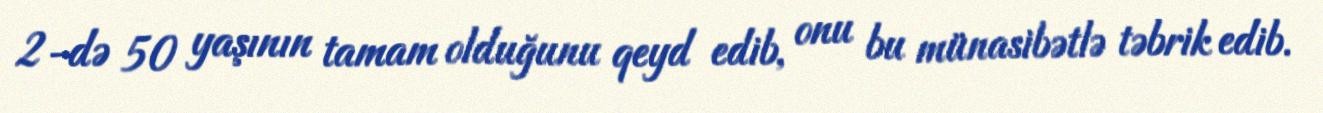
2-də 50 yaşının tamam olduğunu qeyd edib, onu bu münasibətlə təbrik edib.